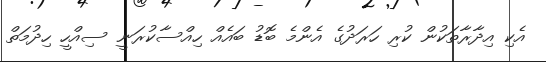
އެކި އިދާރާތަކުން ކުރި ހަރަދުގެ އެންމެ ބޮޑު ބައެއް ހިއްސާކުރަނީ ސިއްހީ ހިދުމަތް